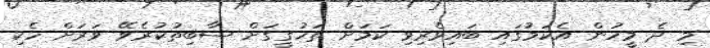
މި ދެ މީހުން އެކަމުގައި ބައިވެރިވި ކަމަށް ތަހުގީގަށް ސާބިތުކުރެވޭ ވަރަށް ހެކި